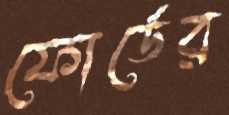
ফোর্ডের